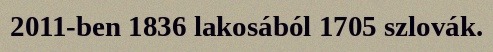
2011-ben 1836 lakosából 1705 szlovák.